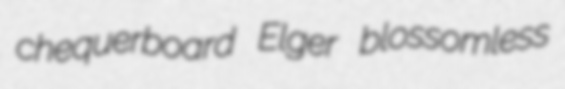
chequerboard Elger blossomless